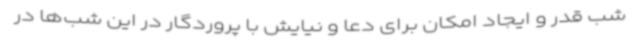
شب قدر و ایجاد امکان برای دعا و نیایش با پروردگار در این شب‌ها در